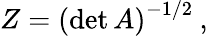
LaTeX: Z=\left(\operatorname*{det}A\right)^{-1/2}\: ,